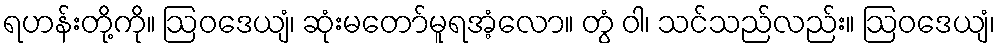
ရဟန်းတို့ကို။ ဩဝဒေယျံ၊ ဆုံးမတော်မူရအံ့လော။ တွံ ဝါ၊ သင်သည်လည်း။ ဩဝဒေယျံ၊